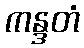
ကန္ဒတံ